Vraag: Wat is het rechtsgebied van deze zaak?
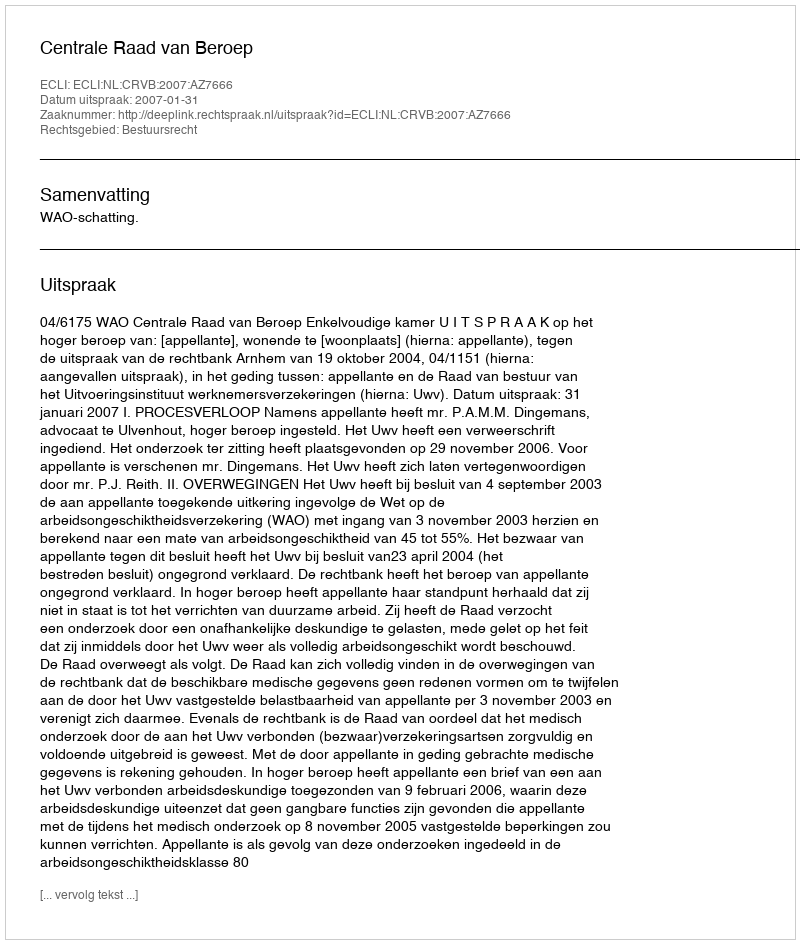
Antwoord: Bestuursrecht